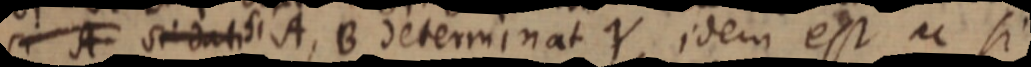
si A si dati si A, B determinat Y idem est u si